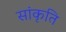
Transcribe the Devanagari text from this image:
सांकृति